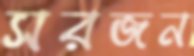
সরজন